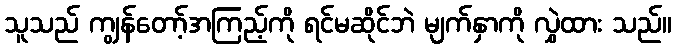
သူသည် ကျွန်တော့်အကြည့်ကို ရင်မဆိုင်ဘဲ မျက်နှာကို လွှဲထား သည်။